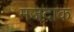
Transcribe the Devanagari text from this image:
मजदाक